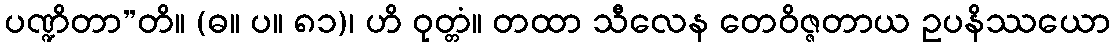
ပဏ္ဍိတာ”တိ။ (ဓ။ ပ။ ၈၁)၊ ဟိ ဝုတ္တံ။ တထာ သီလေန တေဝိဇ္ဇတာယ ဥပနိဿယော